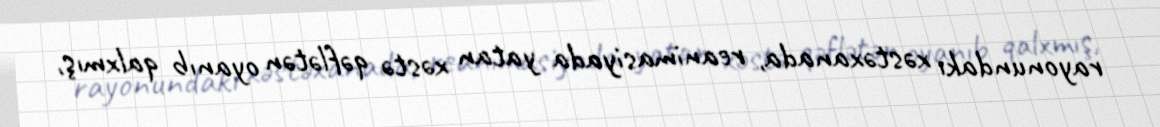
rayonundakı xəstəxanada, reanimasiyada yatan xəstə qəflətən oyanıb qalxmış,